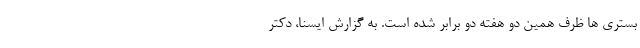
بستری ها ظرف همین دو هفته دو برابر شده است. به گزارش ایسنا، دکتر